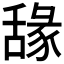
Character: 𦧫